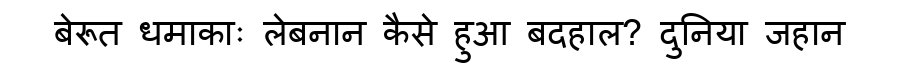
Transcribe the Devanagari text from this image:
बेरूत धमाकाः लेबनान कैसे हुआ बदहाल? दुनिया जहान